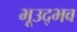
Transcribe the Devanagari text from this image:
भूउद्भव